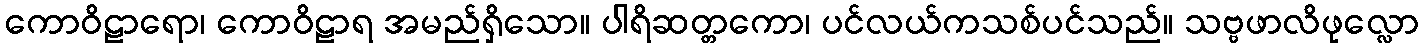
ကောဝိဠာရော၊ ကောဝိဠာရ အမည်ရှိသော။ ပါရိဆတ္တကော၊ ပင်လယ်ကသစ်ပင်သည်။ သဗ္ဗဖာလိဖုလ္လော